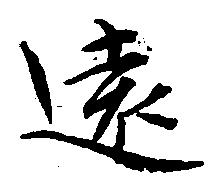
遠